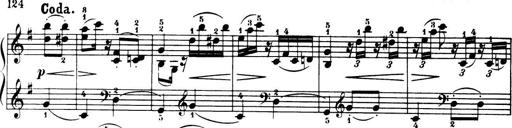
Title: 32 Sonatinas and Rondos for the Piano
Composer: Richard Kleinmichel